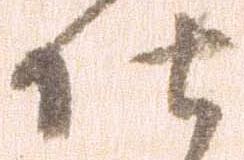
仕